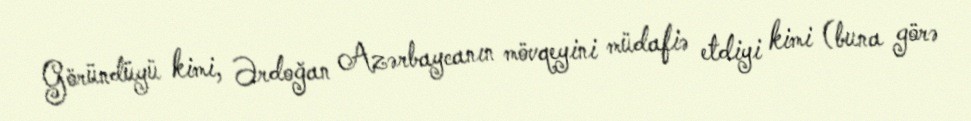
Göründüyü kimi, Ərdoğan Azərbaycanın mövqeyini müdafiə etdiyi kimi (buna görə